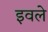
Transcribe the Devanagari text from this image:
इवले